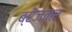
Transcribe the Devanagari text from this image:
ब्रेजनर